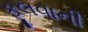
ફૂલવાની